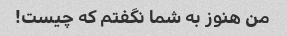
من هنوز به شما نگفتم که چیست!